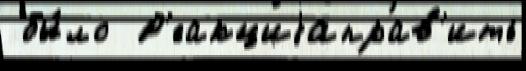
 бы́ло  Р'еакциjаправ'ить